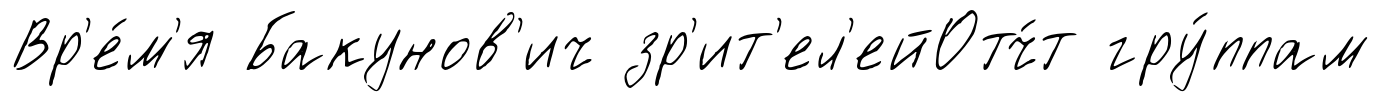
Вр'е́м'я Бакунов'ич зр'ит'ел'ейОтч́т гру́ппам